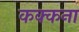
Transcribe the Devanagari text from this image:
कक्कना